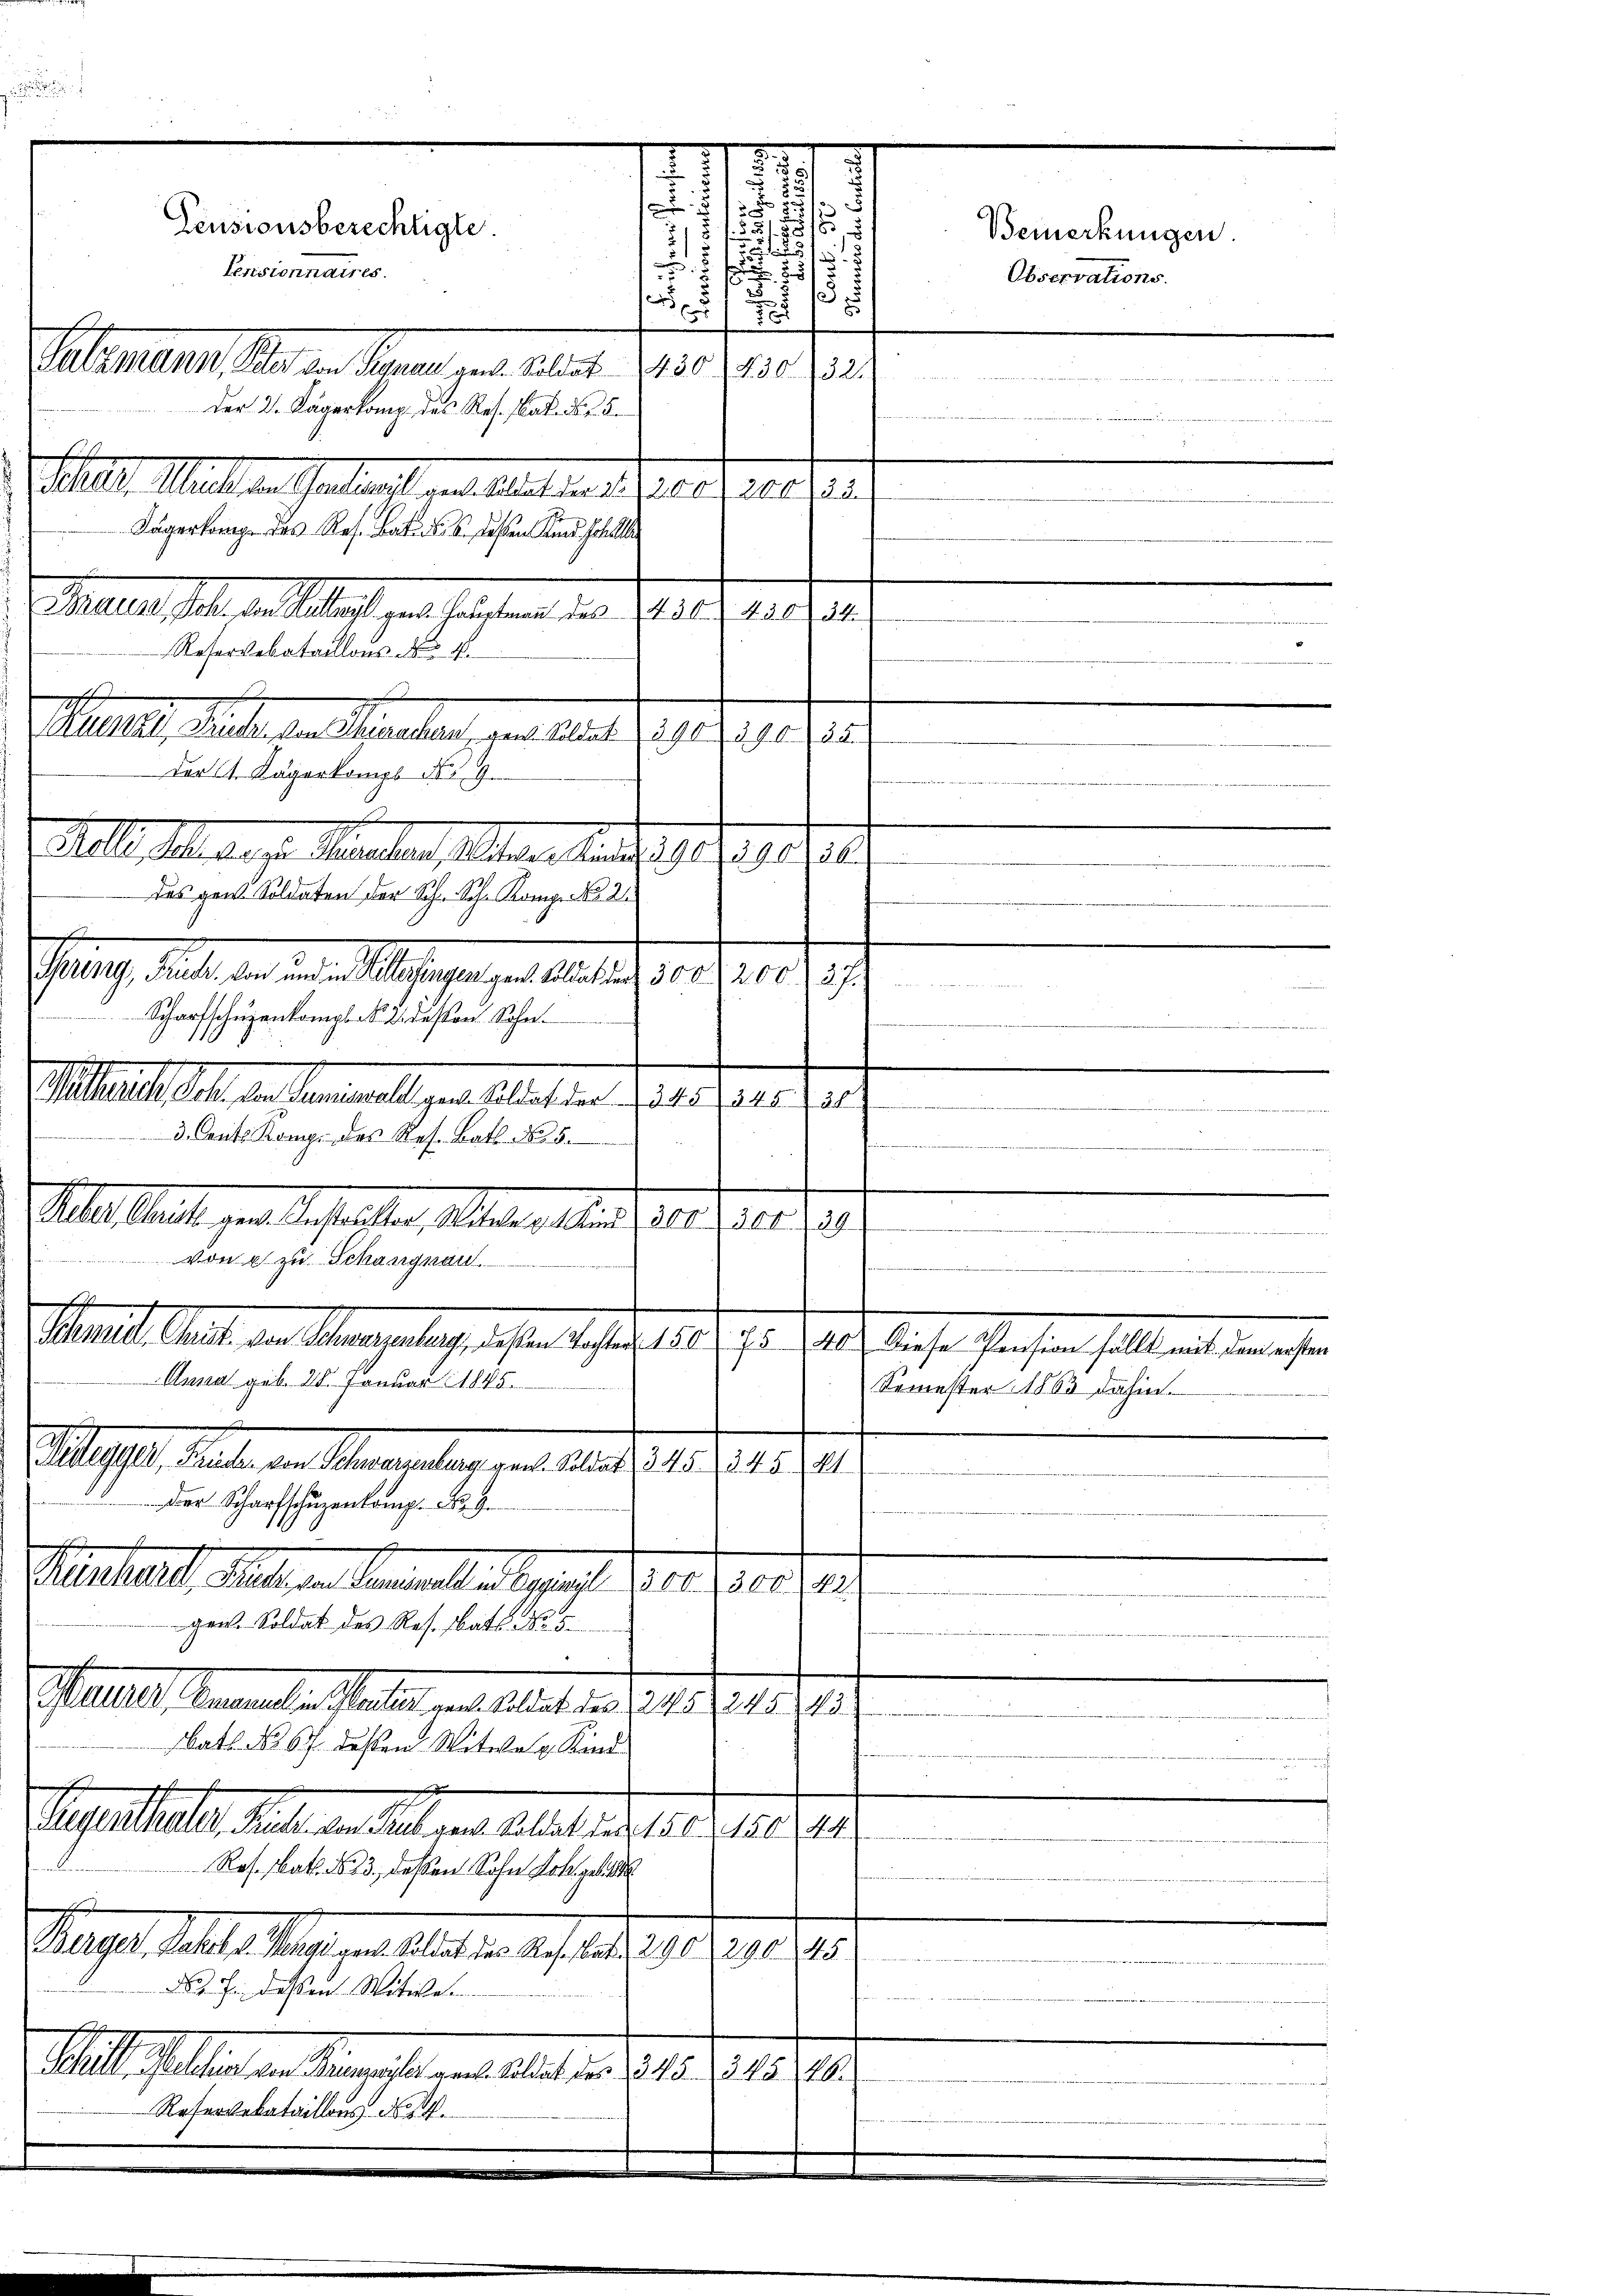
Pensionsberechtigte.

Bemerkungen.
51
125 f

 25/3
Observations.
3
1
5

72
2 2 S 114
S
.
.
Aeber ritt gen Bestritter, Wette gelten, vor die 20
e
d
d
Mante Seite der Albergelege des er bester die sie diese, dieser stehen sollten einlichen
Semester 1863 dahin.
.
.

.
25
.
s
d
218

Pensionnaires.
Salemann, Plan den Kronen aus. Sollet 1150 f 150 (12
Der 2. Kägerkamp des Res. Nat. No. 5.
 l. Mal an Gantrag gearbeit in ihrer erster
Kägerlang des Res. Bat. d. S. dessen und Poli
Echalent hat, er alles er sein eine an der sich in der
Reservebataillons zu 4.
s
Maedle sehr an einmaligen Klassen der
3. Cents Komp. des Res. Batt No 5.
e
von es zu Schangnau.
sch
Anna geb. 28. Januar 1845.
lehen. Seiten an Mauernberg an den des 1791. 1941.
Dr Scharfschüzenkamp Nr. 9.
Hanhart, allen Generallerlegens der Fried. 1.
gen. Soldat des Res. bat No. 5.
Maller Finandes halten von altet und 187. 1
batt No 67 dessen Witwe Kind
.
Regenthaler Ruhe von Sich von Soldat des 1500. 150 a
Res. Bat. N. 3., deßen Sohn Joh.
E
arge dalla Mariant les an des aber 1901 n 1. 198.
d. J. dessen Witwe.
Mlle selben in Ministen und aber den 1815. 291. 198.
Reservebataillons No. 19

Marieli, Male den Monaten an das Ges. Ges.
der A. Kägerkompt No. 9.

Stelle Schlag pr. Manchen, Altern. Anders der 18
das ganz Soldaten der Sch. Sch. Komp. Nr. 2

haag, diese an den als gegen allele hier hier d. h.
Scharfschuzenkompt No. 2. deston Sohn.